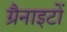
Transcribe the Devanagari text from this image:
ग्रैनाइटों